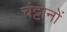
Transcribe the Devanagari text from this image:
चंट्टानों